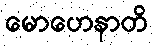
မောဟေနာတိ